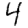
Digit: 4